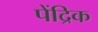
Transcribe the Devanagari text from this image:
पेंद्रिक